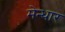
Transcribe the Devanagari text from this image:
मेन्धार